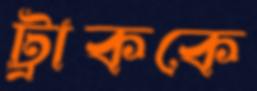
ট্রাককে